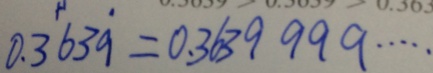
0 . 3 6 3 \dot { 9 } = 0 . 3 6 3 9 9 9 9 \cdots